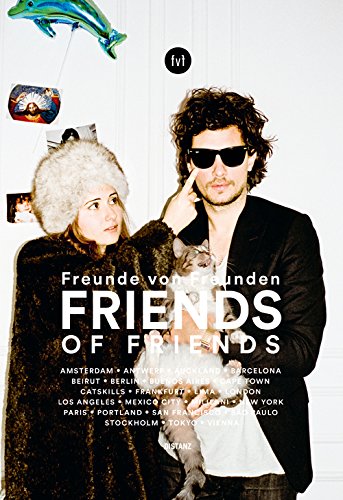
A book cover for Freunde von Freunden: Friends (German and English Edition); Arts & Photography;